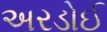
અરડોઈ